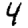
Digit: 4